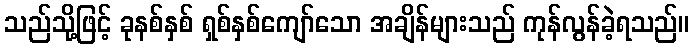
သည်သို့ဖြင့် ခုနစ်နှစ် ရှစ်နှစ်ကျော်သော အချိန်များသည် ကုန်လွန်ခဲ့ရသည်။